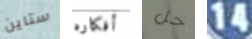
ستاين أفكاره حل 14